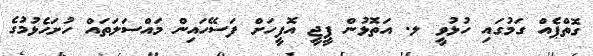
ގޮތްޕެއް ގަމުގައި ހުޅުވީ ލ. އަތޮޅުން ޕީޖީ އޮފީހަށް ފަސޭހައިން މައްސަލަތައް ހުށަހެޅުމުގެ